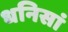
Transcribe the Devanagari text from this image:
धनिसां